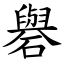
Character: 礜